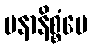
ပနာနိစ္စံပေ